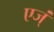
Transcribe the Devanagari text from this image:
एज्ं